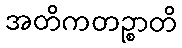
အတိကတဉ္စာတိ